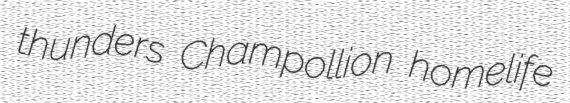
thunders Champollion homelife